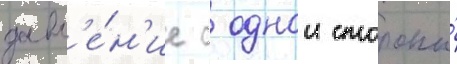
давл'е́н'ие с однои стороны́